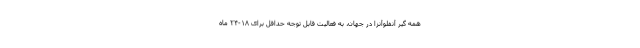
همه گیر آنفلوآنزا در جهان، به فعالیت قابل توجه حداقل برای ۱۸-۲۴ ماه